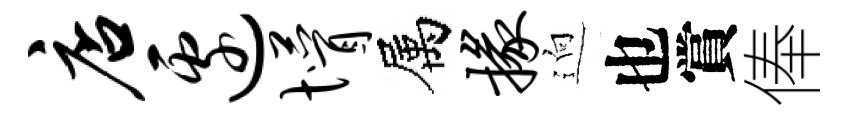
店边懵属掾逈也賞俸